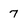
Character: 7